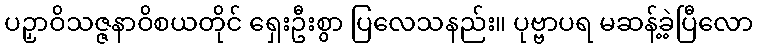
ပဉှာဝိသဇ္ဇနာဝိစယတိုင် ရှေးဦးစွာ ပြလေသနည်း။ ပုဗ္ဗာပရ မဆန့်ခဲ့ပြီလော